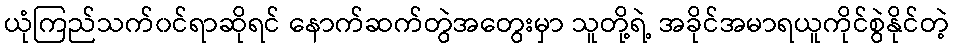
ယုံကြည်သက်၀င်ရာဆိုရင် နောက်ဆက်တွဲအတွေးမှာ သူတို့ရဲ့ အခိုင်အမာရယူကိုင်စွဲနိုင်တဲ့